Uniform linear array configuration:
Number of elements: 8
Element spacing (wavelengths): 0.25
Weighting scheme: exponential
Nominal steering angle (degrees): -15
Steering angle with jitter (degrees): -16.206
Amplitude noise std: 0.05
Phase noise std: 0.05

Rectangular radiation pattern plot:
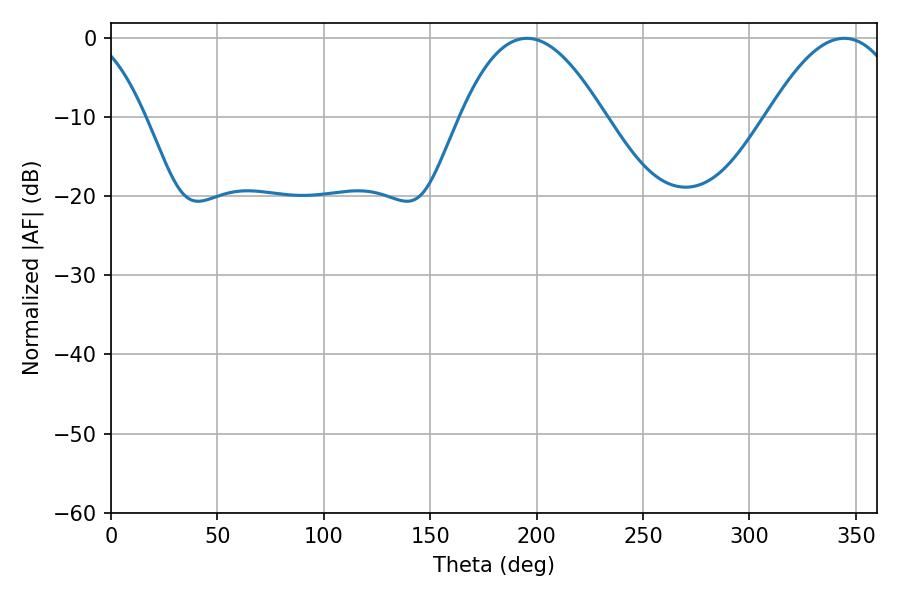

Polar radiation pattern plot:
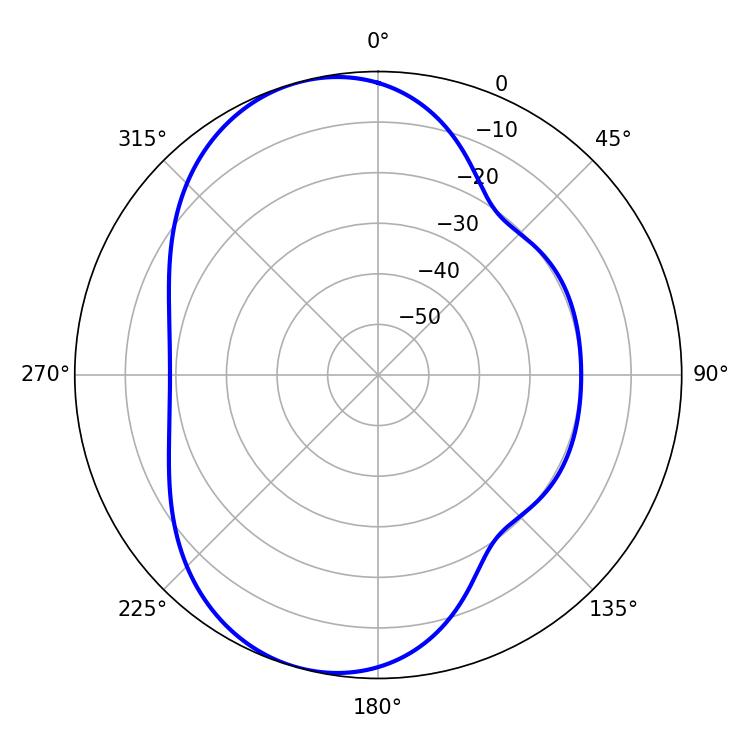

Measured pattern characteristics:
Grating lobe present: FALSE
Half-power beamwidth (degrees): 36.9
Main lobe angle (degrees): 195.48